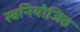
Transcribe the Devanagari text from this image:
स्वनियोजित